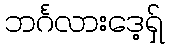
ဘင်္ဂလားဒေ့ရှ်